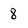
Character: 8